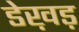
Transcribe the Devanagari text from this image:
डेख़ड़